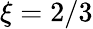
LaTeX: \xi=2/3